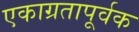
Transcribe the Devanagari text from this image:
एकाग्रतापूर्वक